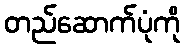
တည်ဆောက်ပုံကို